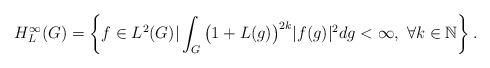
LaTeX: \begin{align*}H^\infty_L(G)=\left\{f\in L^2(G)|\int_G \big(1+L(g)\big)^{2k} |f(g)|^2dg <\infty,\ \forall k\in \mathbb{N}\right\}. \end{align*}